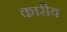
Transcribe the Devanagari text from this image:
कारीय